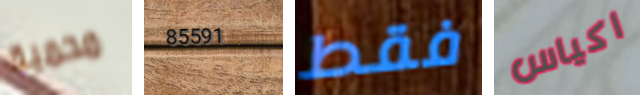
محمية 85591 فقط اكياس